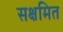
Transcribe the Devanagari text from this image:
सक्षमित